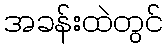
အခန်းထဲတွင်